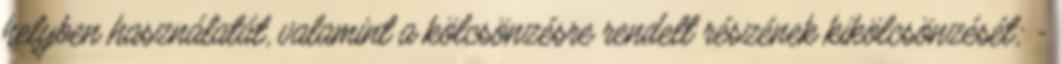
helyben használatát, valamint a kölcsönzésre rendelt részének kikölcsönzését; -